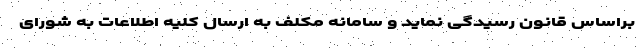
براساس قانون رسیدگی نماید و سامانه مکلف به ارسال کلیه اطلاعات به شورای